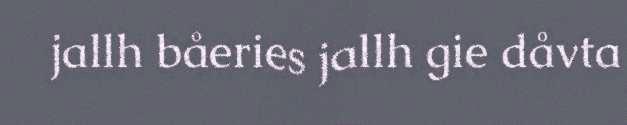
jallh båeries jallh gie dåvta